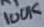
Text: 100K